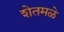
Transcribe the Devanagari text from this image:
शेतमळे